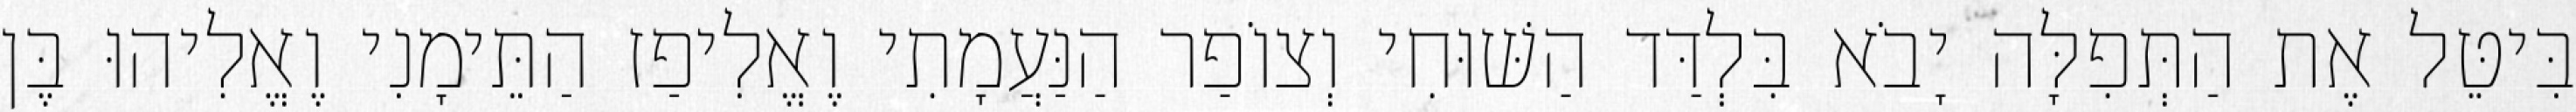
בִּיטֵּל אֶת הַתְּפִלָּה יָבֹא בִּלְדַּד הַשּׁוּחִי וְצוֹפַר הַנַּעֲמָתִי וֶאֱלִיפַז הַתֵּימָנִי וֶאֱלִיהוּ בֶּן